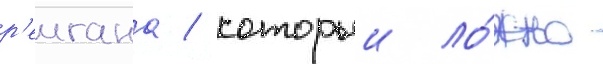
р'еигана / которыи ло́жно